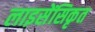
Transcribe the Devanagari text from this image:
लाइसेंसिकृत